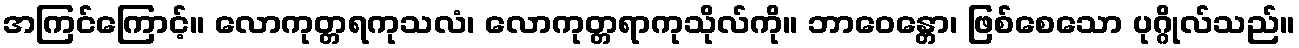
အကြင်ကြောင့်။ လောကုတ္တရကုသလံ၊ လောကုတ္တရာကုသိုလ်ကို။ ဘာဝေန္တော၊ ဖြစ်စေသော ပုဂ္ဂိုလ်သည်။